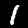
Digit: 1